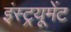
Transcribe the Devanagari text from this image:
इंस्ट्रयूमेंट